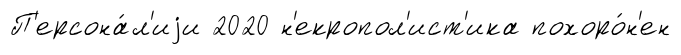
П'ерсона́л'иjи 2020 н'екропол'ист'ика похоро́н'ен